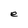
Character: e